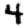
Digit: 4